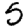
Digit: 5